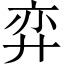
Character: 弈